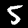
Digit: 5